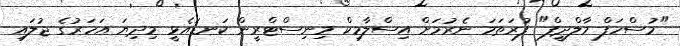
"މުސްހަފް މާލްދީފް" ފުރަތަމަ ނެރުމަށް އިސްލާމިކް މިނިސްޓްރީން ކަނޑައެޅީ މިދިޔަ އަހަރުގެ ޖުލައި